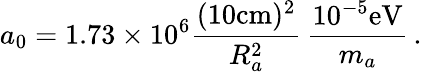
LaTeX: a_{0}=1.73\times 10^{6}\frac{(10\mathrm{cm})^{2}}{R_{a}^{2}}\, \frac{10^{-5}\mathrm{eV}}{m_{a}}\, .